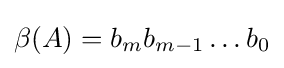
\beta (A)=b_{m}b_{m-1}\ldots b_{0}